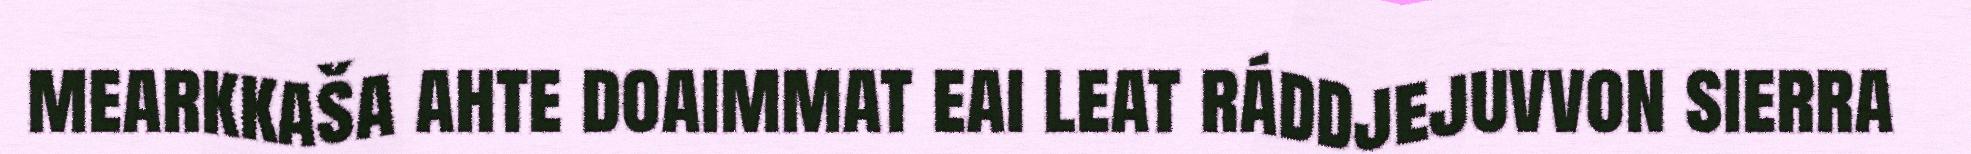
mearkkaša ahte doaimmat eai leat ráddjejuvvon sierra